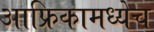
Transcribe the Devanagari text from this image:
आफ्रिकामध्येच